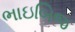
ભાઇબિજ